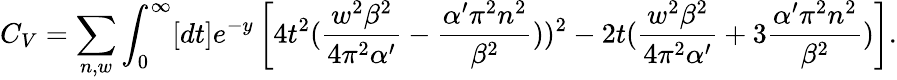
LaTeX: C_{V}=\sum_{n,w}\int_{0}^{\infty}[dt]e^{-y}\left[4t^{2}({\frac{w^{2}\beta^{2}}{4\pi^{2}\alpha^{\prime}}}-{\frac{\alpha^{\prime}\pi^{2}n^{2}}{\beta^{2}}}))^{2}-2t({\frac{w^{2}\beta^{2}}{4\pi^{2}\alpha^{\prime}}}+3{\frac{\alpha^{\prime}\pi^{2}n^{2}}{\beta^{2}}})\right].